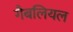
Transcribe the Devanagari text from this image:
गैबलियल